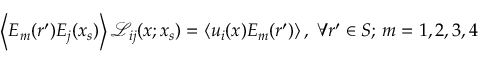
\left\langle { E _ { m } ( \boldsymbol { r } ^ { \prime } ) E _ { j } ( \boldsymbol { x } _ { s } ) } \right\rangle \mathcal { L } _ { i j } ( \boldsymbol { x } ; \boldsymbol { x } _ { s } ) = \left\langle { u _ { i } ( \boldsymbol { x } ) E _ { m } ( \boldsymbol { r } ^ { \prime } ) } \right\rangle , \; \forall r ^ { \prime } \in S ; \, m = 1 , 2 , 3 , 4